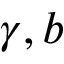
\gamma , b